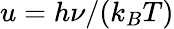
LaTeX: u=h\nu/(k_{B}T)